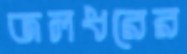
জলধরের